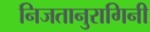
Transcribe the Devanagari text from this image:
निजतानुरागिनी